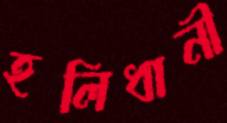
হলিধানী